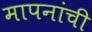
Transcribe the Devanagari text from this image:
मापनांची